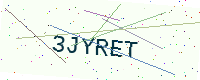
Text: 3JYRET